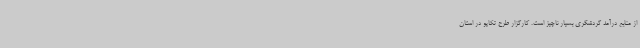
از منابع درآمد گردشگری بسیار ناچیز است. کارگزار طرح تکاپو در استان